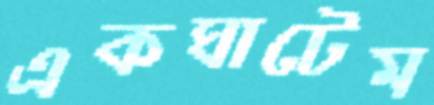
একঘাটেম